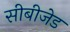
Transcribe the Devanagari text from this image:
सीबीजेड